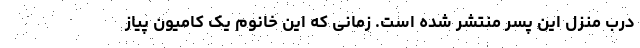
درب منزل این پسر منتشر شده است. زمانی که این خانوم یک کامیون پیاز